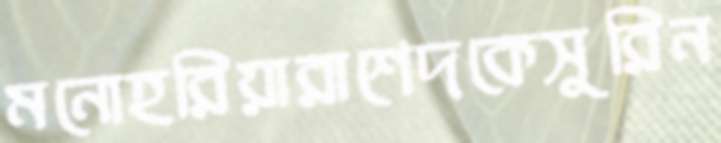
মনোহরিয়ারাশেদকেসুরিন